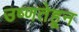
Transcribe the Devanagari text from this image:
उष्णतेहून